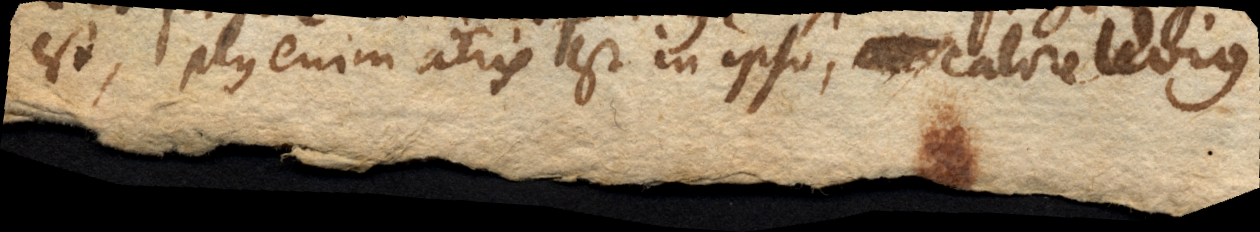
est, plus enim aeris est in ipso, calore levius.